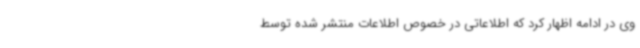
وی در ادامه اظهار کرد که اطلاعاتی در خصوص اطلاعات منتشر شده توسط